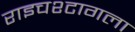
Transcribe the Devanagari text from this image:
राइचश्टागला